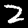
Digit: 2